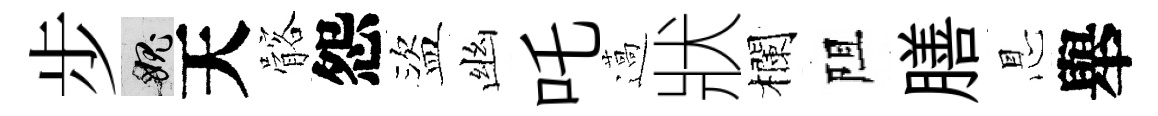
步愧天髂怨盜幽吒薖狀欄阻膳㤙舉